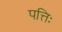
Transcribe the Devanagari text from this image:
पत्तिः